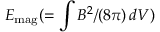
E _ { \mathrm { m a g } } ( = \int B ^ { 2 } / ( 8 \pi ) \, d V )